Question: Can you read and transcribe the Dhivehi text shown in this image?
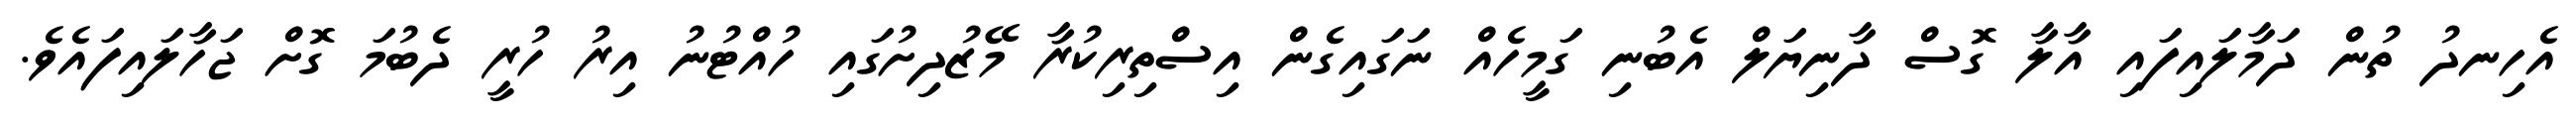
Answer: އެހިނދު ތުން ދަމާލައިފައި އާލާ ގޮސް ދާނިޔަލް އެބުނި ގަމީހެއް ނަގައިގެން އިސްތިރިކުރާ މޭޒުދިށުގައި ހުއްޓުނު އިރު ހުރީ ދެބުމަ ގޮށް ޖަހާލައިފައެވެ.